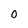
Character: 0